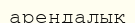
арендалық